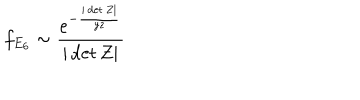
f _ { E _ { 6 } } \sim \frac { e ^ { - \frac { | \det Z | } { y z } } } { | \det Z | }